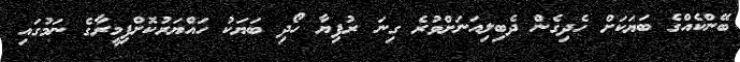
ބޭންކެއްގެ ބަޔަކަށް ހެދިގެން ދެބިލިއަނަށްވުރެ ގިނަ ރުފިޔާ ހޯދި ބަޔަކު ހައްޔަރުކޮށްފިމީރާގެ ނަމުގައި